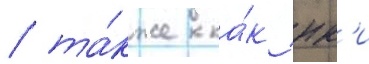
/ та́кже ка́к юк'и